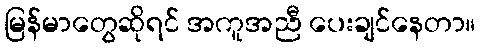
မြန်မာတွေဆိုရင် အကူအညီ ပေးချင်နေတာ။